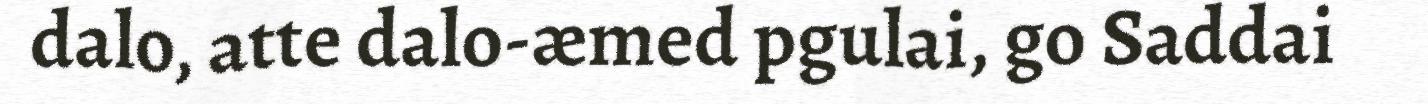
dalo, atte dalo-æmed pgulai, go Saddai